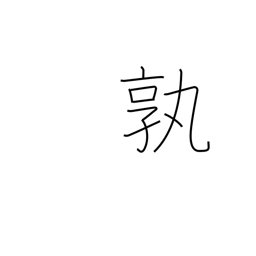
Meaning: how